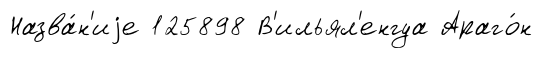
Назва́н'иjе 125898 В'ильял'енгуа Араго́н